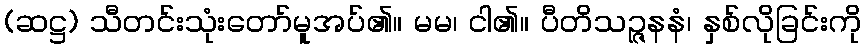
(ဆဋ္ဌ) သီတင်းသုံးတော်မူအပ်၏။ မမ၊ ငါ၏။ ပီတိသဉ္ဇနနံ၊ နှစ်လိုခြင်းကို